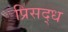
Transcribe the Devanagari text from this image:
प्रिसद्ध